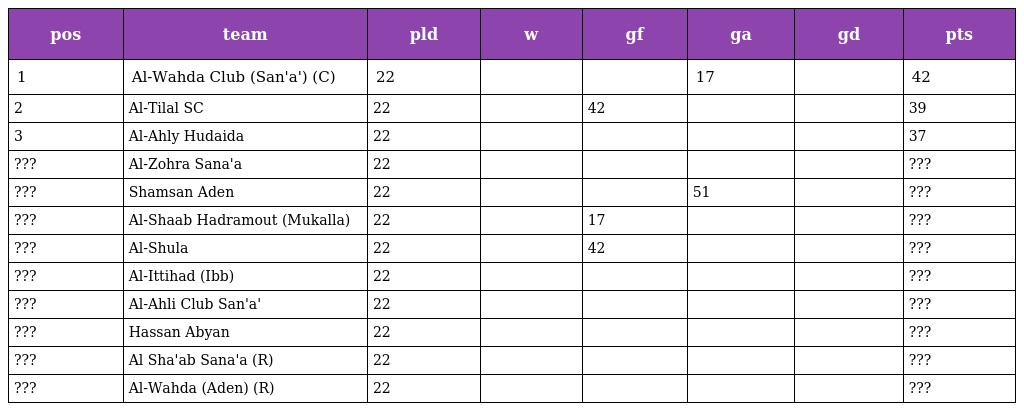
| pos | team | pld | w | gf | ga | gd | pts |
 | --- | --- | --- | --- | --- | --- | --- | --- |
 | 1 | Al-Wahda Club (San'a') (C) | 22 |  |  | 17 |  | 42 |
 | 2 | Al-Tilal SC | 22 |  | 42 |  |  | 39 |
 | 3 | Al-Ahly Hudaida | 22 |  |  |  |  | 37 |
 | ??? | Al-Zohra Sana'a | 22 |  |  |  |  | ??? |
 | ??? | Shamsan Aden | 22 |  |  | 51 |  | ??? |
 | ??? | Al-Shaab Hadramout (Mukalla) | 22 |  | 17 |  |  | ??? |
 | ??? | Al-Shula | 22 |  | 42 |  |  | ??? |
 | ??? | Al-Ittihad (Ibb) | 22 |  |  |  |  | ??? |
 | ??? | Al-Ahli Club San'a' | 22 |  |  |  |  | ??? |
 | ??? | Hassan Abyan | 22 |  |  |  |  | ??? |
 | ??? | Al Sha'ab Sana'a (R) | 22 |  |  |  |  | ??? |
 | ??? | Al-Wahda (Aden) (R) | 22 |  |  |  |  | ??? |